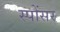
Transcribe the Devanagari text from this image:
स्पोंसर